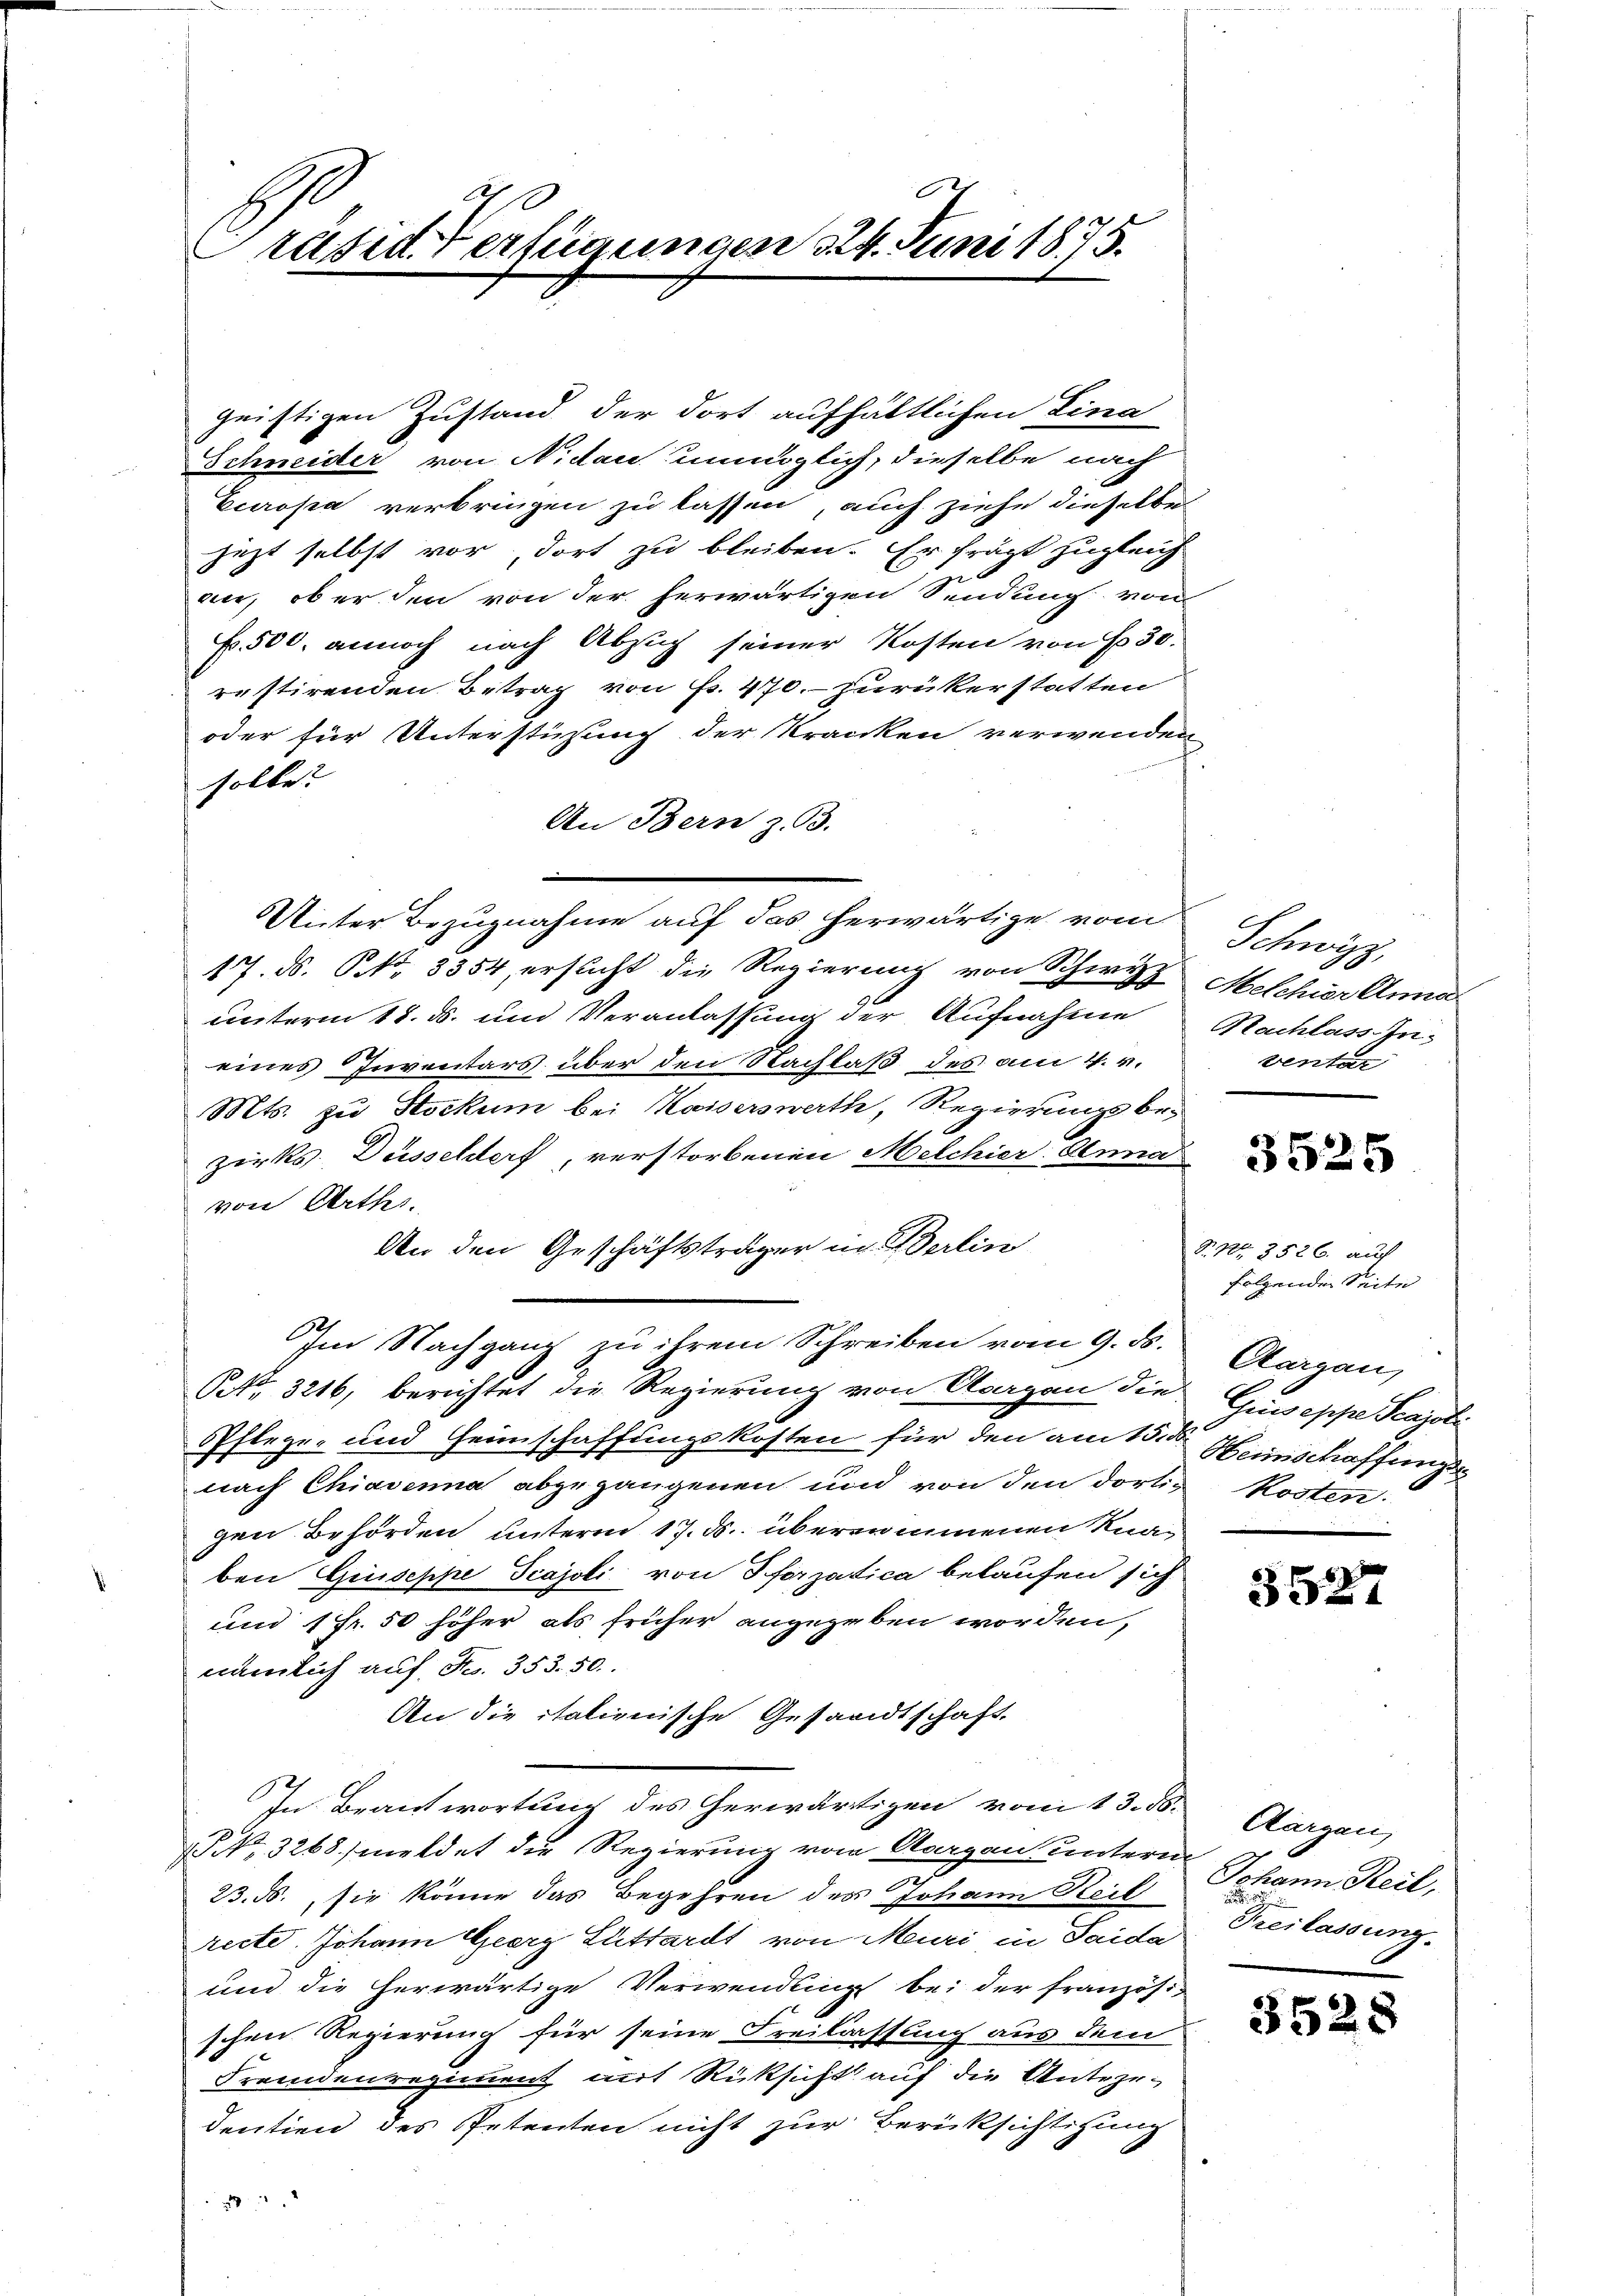
räsid. Verfügungen 324. Juni 1875.

geistigen Zustand der dort aufhältlichen Lina
Schneider von Nidau unmöglich, dieselbe nach
Europa verbringen zu lassen, auch ziehe dieselbe
jezt selbst vor, dort zu bleiben. Er frägt zugleich
an, ob er den von der herwärtigen Sendung von
F. 500. annoch nach Absich seiner Kosten von P. 30.
restirenden Betrag von Fr. 470. - zurükerstatten
oder für Unterstüzung der Kranken verwenden
solle?
An Bern z. B.
17. ds. P. Nr. 3354, ersucht die Regierung von Schwyz Melchier Anna
unterm 18. ds. und Veranlassung der Aufnahme Nachlass Ineines Inventars über den Nachlaß des am 4. v.
Mts. zu Stockum bei Kaiserswerth, Regierungsbezirks Düsseldorf, verstorbenen Melchier Anna
von Arths.
An den Geschäftsträger in erlin
Im Nachgang zu ihrem Schreiben vom 9. ds.
Oetr. 3216, berichtet die Regierung von Aragan die
PPflege und Heimschaffungskosten für den am 15.ten Heinschaffungs
nach Chiavenna abgegangenen und von den dortig Kosten:
gen Behörden unterm 17. ds. übernommenen Knaben Giuseppe Scajoli von Pforzatica belaufen sich
und 1 Fr. 50 höher als früher angegeben worden,
nämlich auf Fr. 353. 50.
An die italienische Gesandtschaft.
In Beantwortung des herwärtigen vom 13. ds.
NNo. 3268) meldet die Regierung von Aargau unterm
23. ds. sie könne das Begehren des Johann Steil
recte. Johann Georg Luttardt von Muri in Saida
und die herwärtige Verwendung bei der französi-
schen Regierung für seine Freilassung aus dem
Fremdenregiment mit Rücksicht auf die Antehrdentien des Petenten nicht zur Berücksichtigung

Unter Bezugnahme auf das herwärtige vom

Schwyz,
ventar

3525

S. Nr. 3526. auf
folgenden Seite
Aargau,
Giuseppe Scajoli

3527

Aargau,
Johann Reil,

Freilassung.

3528